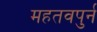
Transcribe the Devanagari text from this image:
महतवपुर्न